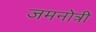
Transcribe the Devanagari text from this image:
जमनोत्री